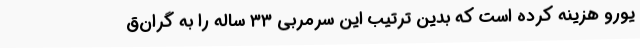
یورو هزینه کرده است که بدین ترتیب این سرمربی ۳۳ ساله را به گران‌ق